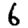
Digit: 6